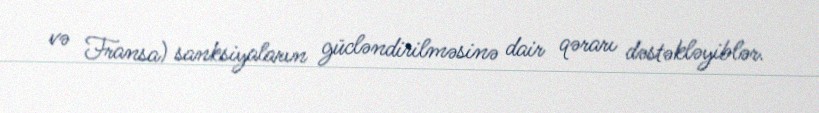
və Fransa) sanksiyaların gücləndirilməsinə dair qərarı dəstəkləyiblər.